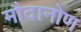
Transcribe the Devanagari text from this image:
मौदानोण